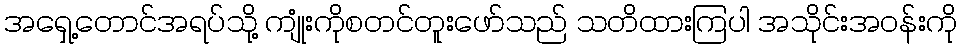
အရှေ့တောင်အရပ်သို့ ကျုံးကိုစတင်တူးဖော်သည် သတိထားကြပါ အသိုင်းအဝန်းကို